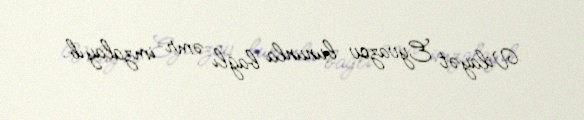
Vilayət Eyvazov bununla bağlı əmr imzalayıb.